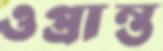
ওপ্রান্ত